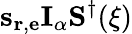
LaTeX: \mathbf{s}_{\mathbf{r},\mathbf{e}}\mathbf{I}_{\alpha}\mathbf{S}^{\dagger}(\mathbf{\xi})